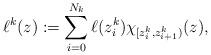
LaTeX: \begin{align*} \ell^{k} (z) := \sum_{i=0}^{N_{k}} \ell (z_{i}^{k}) \chi_{[z_{i}^{k}, z_{i+1}^{k})} (z),\end{align*}